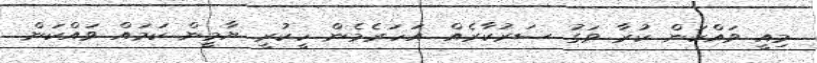
މިއީ ވައްކަން ކުރާ ވަގު ސަރުކާރެއް. އަހަރެމެން ހީކުރީ ޔާމީން ކަމައް ވައްކަން